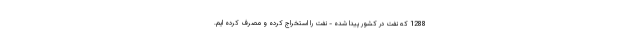
1288 که نفت در کشور پیدا شده - نفت را استخراج کرده و مصرف کرده ایم.